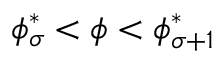
\phi _ { \sigma } ^ { * } < \phi < \phi _ { \sigma + 1 } ^ { * }